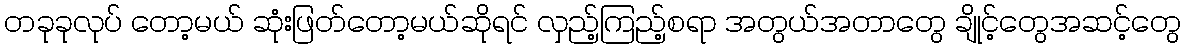
တခုခုလုပ် တော့မယ် ဆုံးဖြတ်တော့မယ်ဆိုရင် လှည့်ကြည့်စရာ အတွယ်အတာတွေ ချိုင့်တွေအဆင့်တွေ